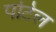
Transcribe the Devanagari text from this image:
पटिल